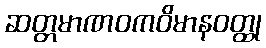
ဆတ္တမာဏဝကဝိမာနဝတ္ထု